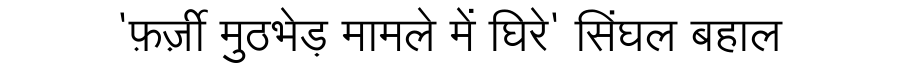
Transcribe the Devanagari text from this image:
'फ़र्ज़ी मुठभेड़ मामले में घिरे' सिंघल बहाल